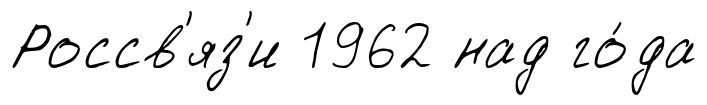
Россв'яз'и 1962 над го́да